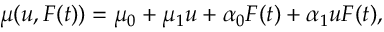
\mu ( u , F ( t ) ) = \mu _ { 0 } + \mu _ { 1 } u + \alpha _ { 0 } F ( t ) + \alpha _ { 1 } u F ( t ) ,